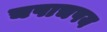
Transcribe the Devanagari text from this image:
चपाचपय